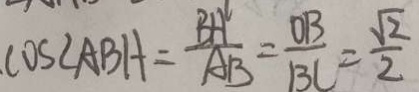
\cos \angle A B H = \frac { B H } { A B } = \frac { O B } { B C } = \frac { \sqrt { 2 } } { 2 }